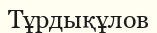
Тұрдықұлов